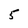
Character: 5